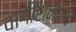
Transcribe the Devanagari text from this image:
वागीशनारद